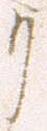
リ